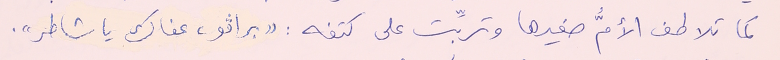
كما تلاطف الأمُّ صغيرها وتربِّت على كتفه : " براڨو، عفاك يا شاطر".